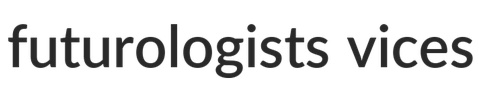
futurologists vices